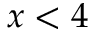
x < 4